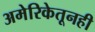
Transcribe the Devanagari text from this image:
अमेरिकेतूनही